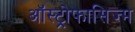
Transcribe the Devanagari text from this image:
ऑस्ट्रोफासिज्म